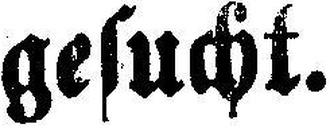
gesucht.